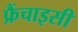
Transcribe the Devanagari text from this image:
फ्रैंचाइसी